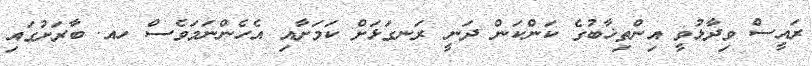
ރައީސް ވިދާޅުވީ އިންތިޚާބުގެ ކަންކަން ދަނީ ރަނގަޅަށް ކަމަށާއި އެހެންނަމަވެސް ހއ. ބާރަށުގައި